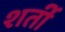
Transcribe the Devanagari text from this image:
शर्ती